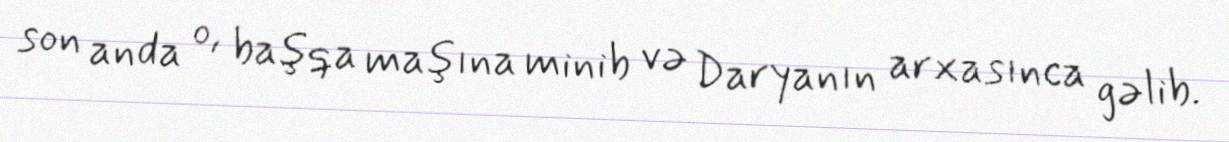
son anda o, başqa maşına minib və Daryanın arxasınca gəlib.